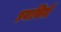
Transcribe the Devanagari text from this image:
प्रवासिनी